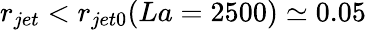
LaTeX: r_{jet}<r_{jet0}(La=2500)\simeq 0.05